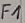
Text: F1